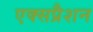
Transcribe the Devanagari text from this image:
एक्सप्रैशन